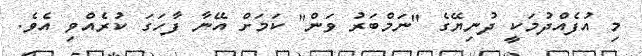
މި އުފެއްދުމަކީ ދުނިޔޭގެ "ނަމްބަރު ވަން" ކަމަށް އޭނާ ފާހަގަ ކުރެއްވި އެވެ.